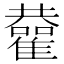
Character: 𩁂